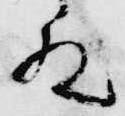
殿